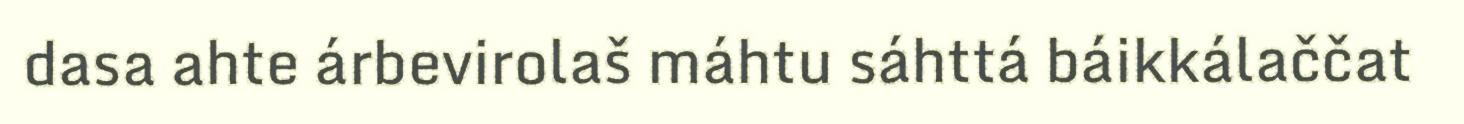
dasa ahte árbevirolaš máhtu sáhttá báikkálaččat